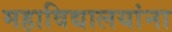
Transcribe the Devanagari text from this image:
महाविद्यालयांना